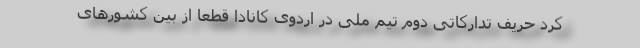
کرد حریف تدارکاتی دوم تیم ملی در اردوی کانادا قطعاً از بین کشور‌های